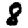
Digit: 8